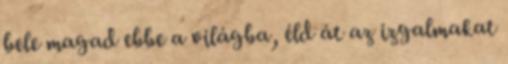
bele magad ebbe a világba, éld át az izgalmakat